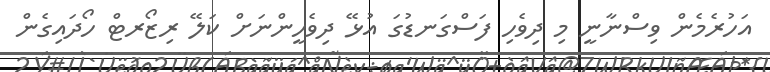
އަހުރެމެން ވިސްނާނީ މި ދިވެހި ފަސްގަނޑުގަ އުޅޭ ދިވެހީންނަށް ކަލޭ ރިޒޯރޓް ހޯދައިގެން